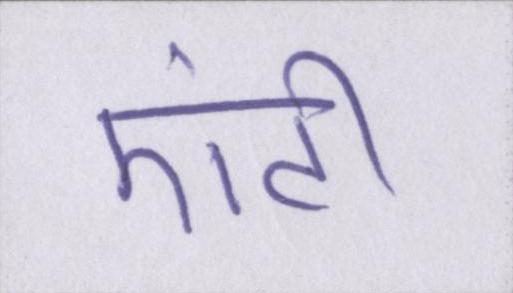
एंटी